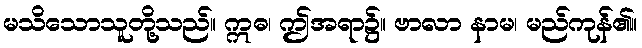
မသိသောသူတို့သည်။ ဣဓ၊ ဤအရာ၌။ ဗာလာ နာမ၊ မည်ကုန်၏။